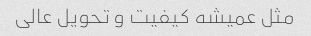
مثل عمیشه کیفیت و تحویل عالی